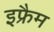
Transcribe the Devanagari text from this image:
इफ्रैम